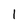
Character: 1